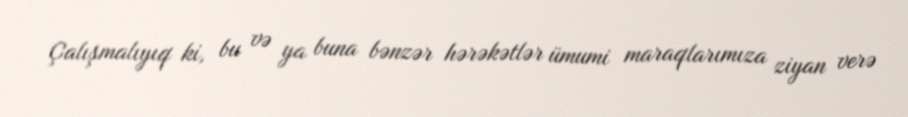
Çalışmalıyıq ki, bu və ya buna bənzər hərəkətlər ümumi maraqlarımıza ziyan verə